system: You are a helpful assistant.
user:
Analyze the provided spectrum to determine if it is a **M-type Giant (gM)**.

A M-type Giant spectrum is defined by its **strong molecular absorption** features, particularly from **Titanium Oxide (TiO)**. You must check for one of the following mutually exclusive signatures:

- **Key Visual Indicators (Absorption-Dominated Spectrum):**

    - **(Primary):** The spectrum is dominated by strong molecular absorption from **Titanium Oxide (TiO)**. This is the **defining feature** of its M-type temperature class.
        - **(Key Bandheads):** Look for sharp, "saw-tooth" absorption valleys. The strongest are located near **~7050 Å**, **~6160 Å**, and **~5170 Å**.
        - **(Line Profile):** The "saw-tooth" morphology is critical: a **sharp, steep drop on the BLUE (short-wavelength) side** of the bandhead, followed by a gradual recovery (rising flux) towards the RED (long-wavelength) side.

    - **(Key Confirmation - Giant vs. Dwarf):** **ABSENCE** of strong **Calcium Hydride (CaH)** molecular bands. This is the primary diagnostic for *excluding* M-dwarfs.
        - **(Key Region):** The spectrum should lack the strong, broad absorption band seen in dwarfs between **~6800 Å and ~7000 Å**.

    - **(Secondary Confirmation - Giant):** A very strong and broad **Neutral Calcium (Ca I)** atomic absorption line.
        - **(Key Line):** Located at **~4226 Å**. In a giant (gM), this line is significantly deeper and broader than the same line in an M-dwarf (dM) due to low surface gravity.

    - **(Overall Spectrum):**
        - The continuum is **extremely red-sloping** (i.e., flux is very low in the blue and rises dramatically towards the red).
        - The entire spectrum appears "chopped up" by the deep TiO bands.

Think first, call **spectral_visualization_tool** if needed to examine features in detail, then provide your final answer. Your response must adhere to the following strict rules:
1.  **Overall Structure:** Your response must follow the format `<think>...</think> <tool_call>...</tool_call> (if a tool is used) <answer>...</answer>`.
2.  **Tool Usage Constraint:** You may only make **one** tool call per turn.
3.  **Final Answer Format:** In the `<answer>` tag, your conclusion must be inside a `\boxed{}` command (e.g., `\boxed{YES}` or `\boxed{NO}`), followed by your justification.

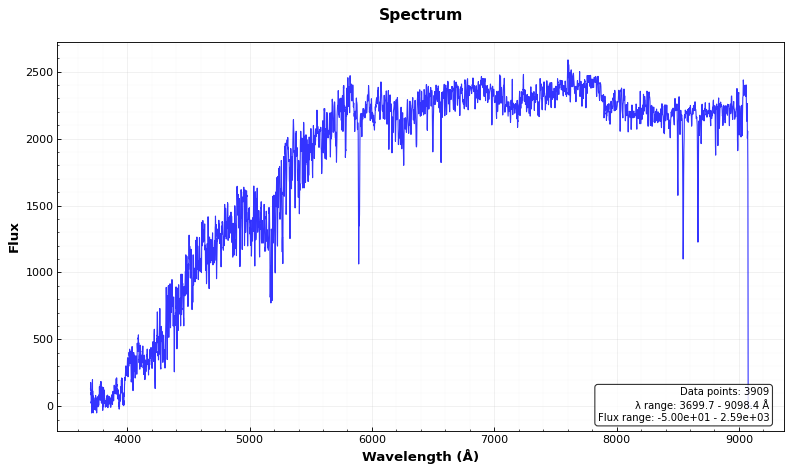
Answer: NO